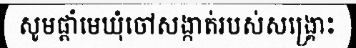
សូមផ្តាំមេឃុំចៅសង្កាត់របស់សង្គ្រោះ